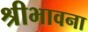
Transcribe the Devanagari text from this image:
श्रीभावना